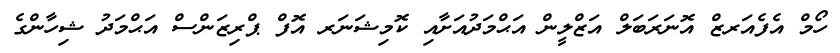
ހޯމް އެފެއަރޒް އޮނަރަބަލް އަޒްލީން އަޙްމަދުއަށާއި ކޮމިޝަނަރ އޮފް ޕްރިޒަންސް އަޙްމަދު ޝިހާންގެ